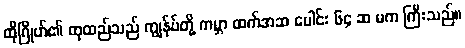
ထိုဂြိုဟ်၏ ထုထည်သည် ကျွန်ုပ်တို့ ကမ္ဘာ ထက်အဆ ပေါင်း ၆၄ ဆ မက ကြီးသည်။